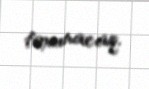
toxunacaq.